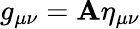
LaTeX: g_{\mu\nu}=\mathbf{A}\eta_{\mu\nu}